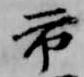
市